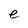
Character: e